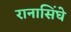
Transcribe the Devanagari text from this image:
रानासिंघे